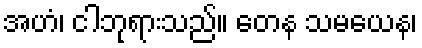
အဟံ၊ ငါဘုရားသည်။ တေန သမယေန၊